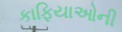
કાફિયાઓની